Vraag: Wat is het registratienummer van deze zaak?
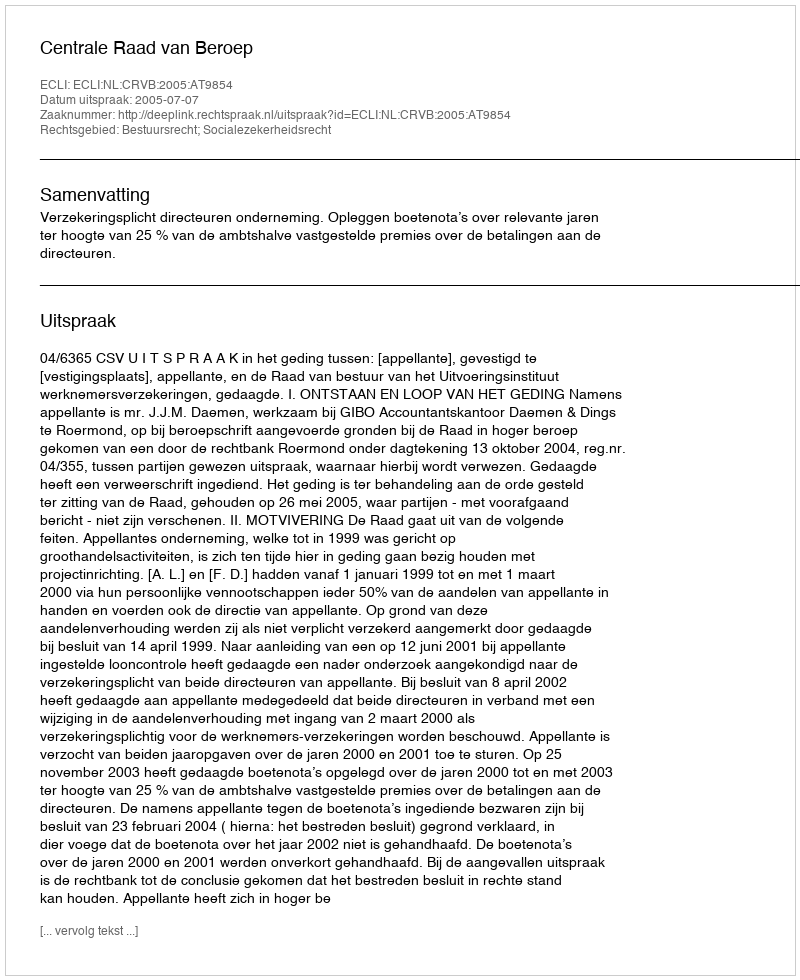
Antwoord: http://deeplink.rechtspraak.nl/uitspraak?id=ECLI:NL:CRVB:2005:AT9854